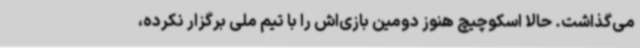
می‌گذاشت. حالا اسکوچیچ هنوز دومین بازی‌اش را با تیم ملی برگزار نکرده،